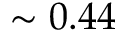
\sim 0 . 4 4